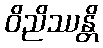
ဝိညိဿန္တိ